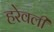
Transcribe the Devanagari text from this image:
हरेवली